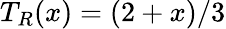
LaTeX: T_{R}(x)=(2+x)/3